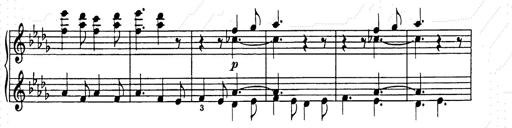
Title: Weihnachtsbaum
Composer: Franz Liszt